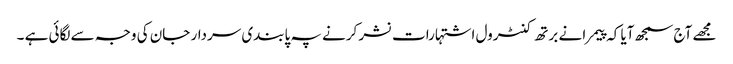
مجھے آج سمجھ آیا کہ پیمرا نے برتھ کنٹرول اشتہارات نشر کرنے پہ پابندی سردار جان کی وجہ سے لگائی ہے ۔